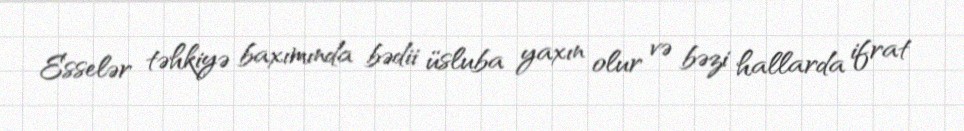
Esselər təhkiyə baxımında bədii üsluba yaxın olur və bəzi hallarda ifrat